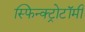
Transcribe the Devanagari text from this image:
स्फिन्क्ट्रोटॉमी